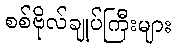
စစ်ဗိုလ်ချုပ်ကြီးများ